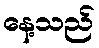
နေ့သည်